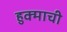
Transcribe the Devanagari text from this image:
हुक्माची